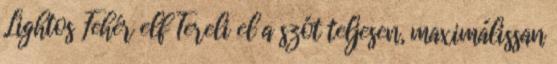
Lightos Fehér elf Tereli el a szót teljesen, maximálissan